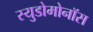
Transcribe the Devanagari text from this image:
स्युडोमोनॉस